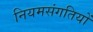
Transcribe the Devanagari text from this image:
नियमसंगतियों